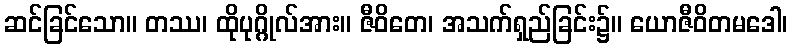
ဆင်ခြင်သော။ တဿ၊ ထိုပုဂ္ဂိုလ်အား။ ဇီဝိတေ၊ အသက်ရှည်ခြင်း၌။ ယောဇီဝိတမဒေါ၊